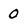
Character: 0